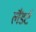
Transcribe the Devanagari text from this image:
लैंडर्ट